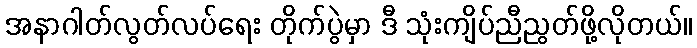
အနာဂါတ်လွတ်လပ်ရေး တိုက်ပွဲမှာ ဒီ သုံးကျိပ်ညီညွတ်ဖို့လိုတယ်။